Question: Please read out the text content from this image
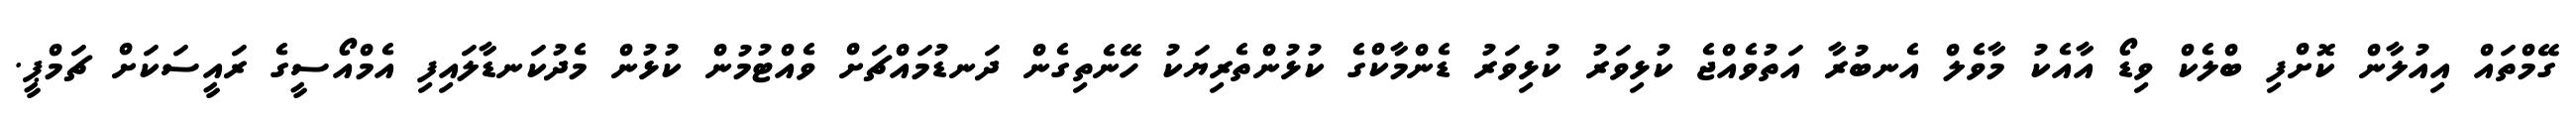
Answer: ގޭމްތައް އިއުލާން ކޮށްފި ބްލެކް ވިޑޯ އާއެކު މާވެލް އެނބުރާ އަތުވެއްޖެ ކުޅިވަރު ކުޅިވަރު ޑެންމާކްގެ ކުޅުންތެރިޔަކު ހޭނެތިގެން ދަނޑުމައްޗަށް ވެއްޓުމުން ކުޅުން މެދުކަނޑާލައިފި އެމްއޯސީގެ ރައީސަކަށް ޗަމްޕީ.